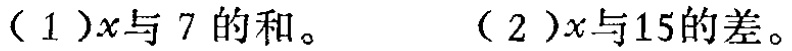
(1)$x + 7$；(2)$x - 15$